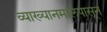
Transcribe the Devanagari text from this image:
व्याख्यानमालेपासून